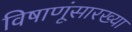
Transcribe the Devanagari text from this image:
विषाणूंसारख्या